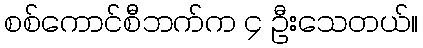
စစ်ကောင်စီဘက်က ၄ ဦးသေတယ်။